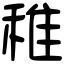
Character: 稚